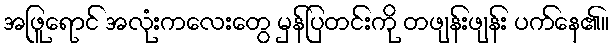
အဖြူရောင် အလုံးကလေးတွေ မှန်ပြတင်းကို တဖျန်းဖျန်း ပက်နေ၏။